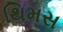
થિમસ